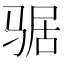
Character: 𲌉